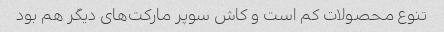
تنوع محصولات کم است و کاش سوپر مارکت‌های دیگر هم بود